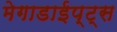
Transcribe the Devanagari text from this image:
मेगाडाईप्ट्स